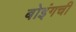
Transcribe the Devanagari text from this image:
बोइंगची